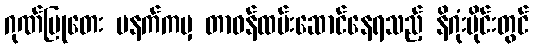
ဂုဏ်ပြုတေး မနက်ကမှ တာဝန်ထမ်းဆောင်နေရသည့် နိဂုံးပိုင်းတွင်